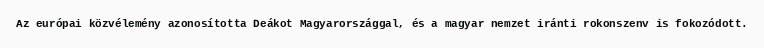
Az európai közvélemény azonosította Deákot Magyarországgal, és a magyar nemzet iránti rokonszenv is fokozódott.